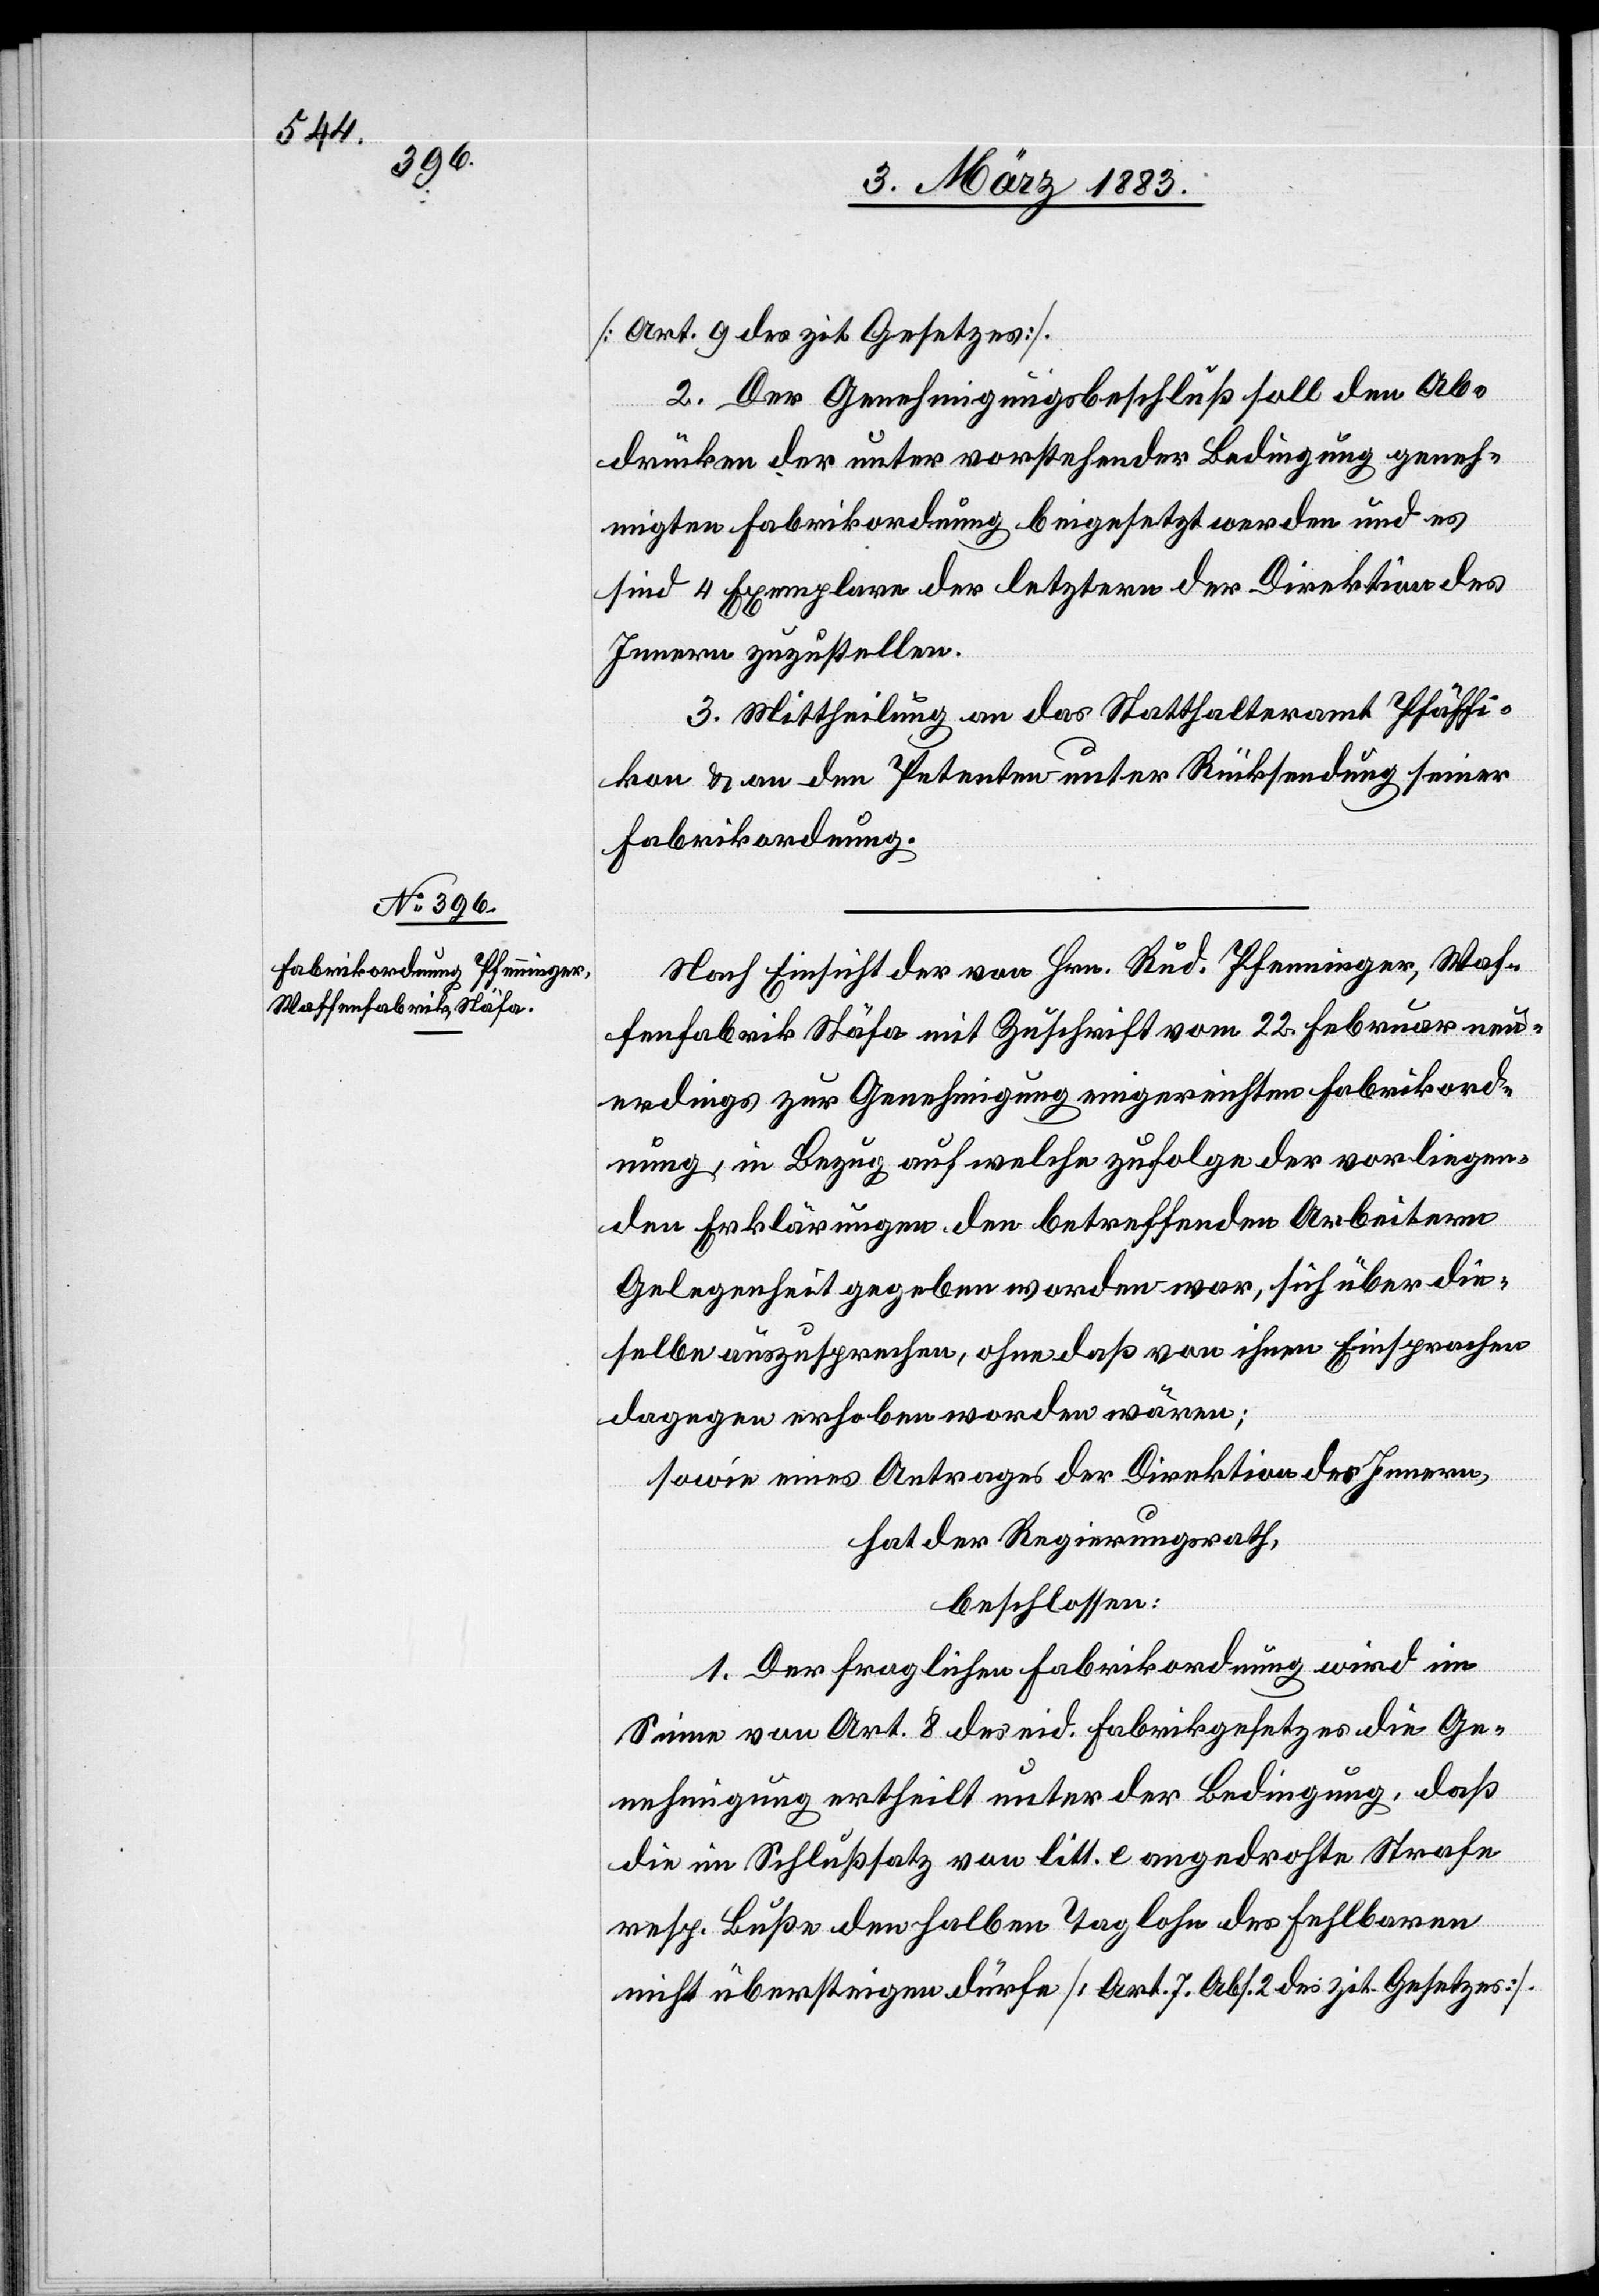
[Art. 9 des zit. Gesetzes].
2. Der Genehmigungsbeschluß soll den Ab¬
drücken der unter vorstehender Bedingung geneh¬
migten Fabrikordnung beigesetzt werden und es
sind 4 Exemplare der letztern der Direktion des
Innern zuzustellen.
3. Mittheilung an das Statthalteramt Pfäffi¬
kon & an den Petenten unter Rücksendung seiner
Fabrikordnung.
Nach Einsicht der von Hrn. Rud. Pfenninger, Waf¬
fenfabrik, Stäfa mit Zuschrift vom 22. Februar neu¬
erdings zur Genehmigung eingereichten Fabrikord¬
nung, in Bezug auf welche zufolge der vorliegen¬
den Erklärungen den betreffenden Arbeitern
Gelegenheit gegeben worden war, sich über die¬
selbe auszusprechen, ohne daß von ihnen Einsprachen
dagegen erhoben worden wären;
sowie eines Antrages der Direktion des Innern,
hat der Regierungsrath,
beschlossen:
1. Der fraglichen Fabrikordnung wird im
Sinne von Art. 8 des eid. Fabrikgesetzes die Ge¬
nehmigung ertheilt unter der Bedingung, daß
die im Schlußsatz von litt. e angedrohte Strafe
resp. Buße den halben Taglohn des Fehlbaren
nicht übersteigen dürfe [Art. 7 Abs. 2 des zit. Gesetzes].